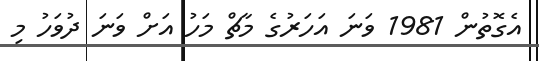
އެގޮތުން 1981 ވަނަ އަހަރުގެ މާޗް މަހު އަށް ވަނަ ދުވަހު މި